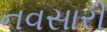
નવસારી